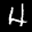
Label: 4